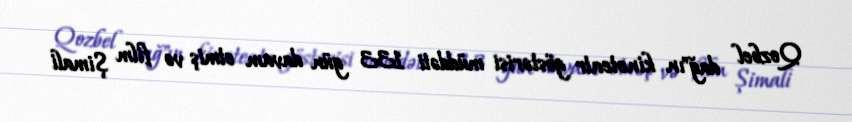
Qozbel dağ"ın kinoteatr göstərisi müddəti 133 gün davam etmiş və film Şimali